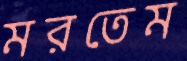
মরতেম